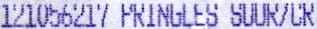
121056217 PRINGLES SUUR/CR